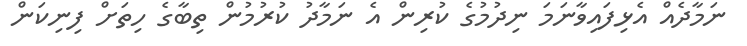
ނަމާދެއް އެޅިފައިވާނަމަ ނިދުމުގެ ކުރިން އެ ނަމާދު ކުރުމުން ތިބާގެ ހިތަށް ފިނިކަން